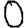
Digit: 0